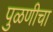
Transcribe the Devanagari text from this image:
पुळणीचा